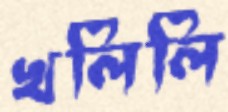
খলিলি